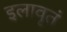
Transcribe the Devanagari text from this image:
इलावृतं